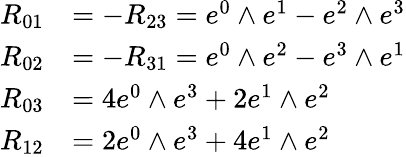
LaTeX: {\begin{array}{rl}{R_{01}}&{=-R_{23}=e^{0}\wedge e^{1}-e^{2}\wedge e^{3}}\\ {R_{02}}&{=-R_{31}=e^{0}\wedge e^{2}-e^{3}\wedge e^{1}}\\ {R_{03}}&{=4e^{0}\wedge e^{3}+2e^{1}\wedge e^{2}}\\ {R_{12}}&{=2e^{0}\wedge e^{3}+4e^{1}\wedge e^{2}}\end{array}}